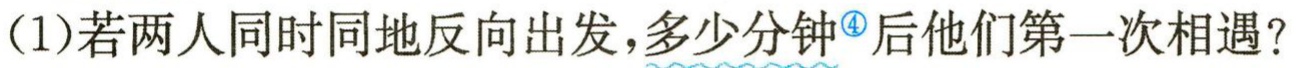
(1)若两人同时同地反向出发，多少分钟\textcircled{4}后他们第一次相遇？